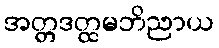
အတ္တဒတ္ထမဘိညာယ